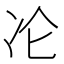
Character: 㓆